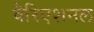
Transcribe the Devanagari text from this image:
वैरिएशनल